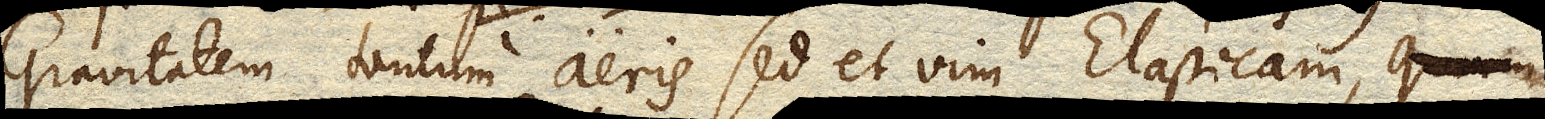
Gravitatem tantum aeris sed et vim Elasticam, quam